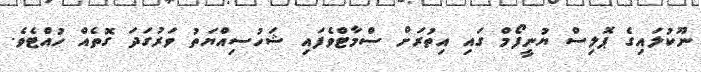
ނޫކުލައިގެ ޕޮލިސް ޔުނީފޯމް ގައި އިތުރަށް ސްމާޓްވެފައި ޝަހުސިއްޔަތު ވަރުގަދަ ގޮތެއް ހުއްޓެވެ.